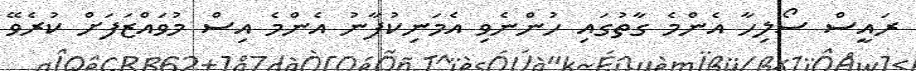
ރައީސް ސޯލިހާ އެންމެ ގާތުގައި ހުންނެވި އެމަނިކުފާނު އެންމެ އިސް މުވައްޒަފަށް ކުރެވޭ